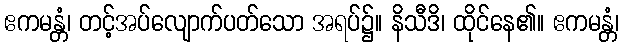
ဧကမန္တံ၊ တင့်အပ်လျောက်ပတ်သော အရပ်၌။ နိသီဒိ၊ ထိုင်နေ၏။ ဧကမန္တံ၊